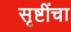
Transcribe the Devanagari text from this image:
सृष्टींचा